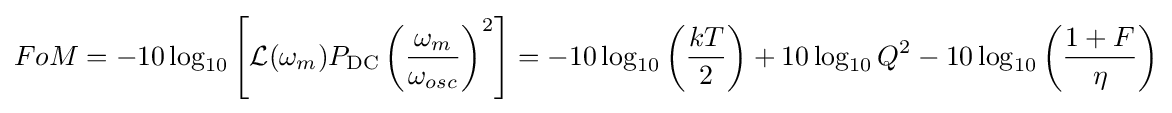
FoM=-10\log _{10}\left[{\mathcal {L}}(\omega _{m})P_{\mathrm {DC} }\left({\frac {\omega _{m}}{\omega _{osc}}}\right)^{2}\right]=-10\log _{10}\left({\frac {kT}{2}}\right)+10\log _{10}Q^{2}-10\log _{10}\left({\frac {1+F}{\eta }}\right)